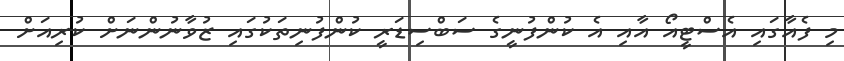
މި ފެއާގައި އެސްޓީއޯ އާއި އެ ކުންފުނީގެ ސަބްސިޑަރީ ކުންފުނިތަކުގައި ޒުވާނުންނަށް ކުރިއަށް